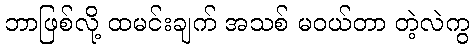
ဘာဖြစ်လို့ ထမင်းချက် အသစ် မဝယ်တာ တဲ့လဲကွ